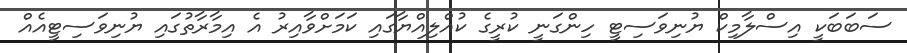
ސަބަބަކީ އިސްލާމިކް ޔުނިވަސިޓީ ހިންގަނީ ކުރީގެ ކުއްލިއްޔާގައި ކަމަށްވާއިރު އެ އިމާރާތުގައި ޔުނިވަސިޓީއެއް